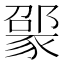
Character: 𬥃